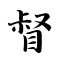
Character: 督